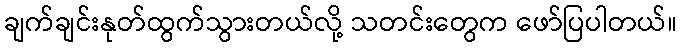
ချက်ချင်းနုတ်ထွက်သွားတယ်လို့ သတင်းတွေက ဖော်ပြပါတယ်။